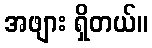
အဖျား ရှိတယ်။